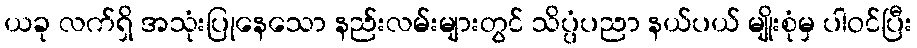
ယခု လက်ရှိ အသုံးပြုနေသော နည်းလမ်းများတွင် သိပ္ပံပညာ နယ်ပယ် မျိုးစုံမှ ပါဝင်ပြီး